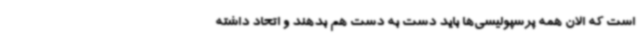
است که الان همه پرسپولیسی‌ها باید دست به دست هم بدهند و اتحاد داشته